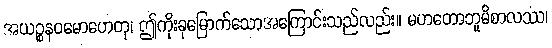
အယဉ္စနဝမောဟေတု၊ ဤကိုးခုမြောက်သောအကြောင်းသည်လည်း။ မဟတောဘူမိစာလဿ၊